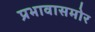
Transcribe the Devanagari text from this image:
प्रभावासमोर